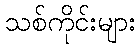
သစ်ကိုင်းများ